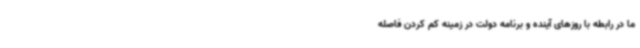
ما در رابطه با روزهای آینده و برنامه‌ دولت در زمینه کم کردن فاصله